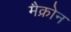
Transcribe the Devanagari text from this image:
मैक्रोन